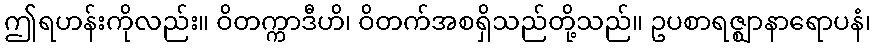
ဤရဟန်းကိုလည်း။ ဝိတက္ကာဒီဟိ၊ ဝိတက်အစရှိသည်တို့သည်။ ဥပစာရဇ္ဈာနာရောပနံ၊